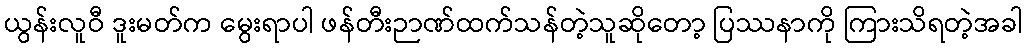
ယွန်းလူဝီ ဒူးမတ်က မွေးရာပါ ဖန်တီးဉာဏ်ထက်သန်တဲ့သူဆိုတော့ ပြဿနာကို ကြားသိရတဲ့အခါ